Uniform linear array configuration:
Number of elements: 4
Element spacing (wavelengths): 0.75
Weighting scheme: uniform
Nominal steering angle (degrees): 15
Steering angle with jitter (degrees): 14.768
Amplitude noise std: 0.05
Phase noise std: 0.05

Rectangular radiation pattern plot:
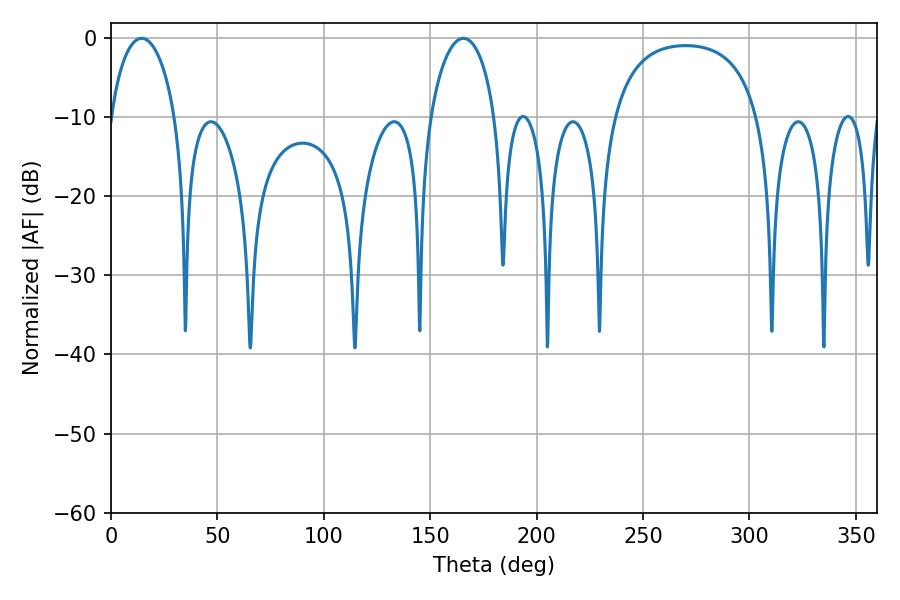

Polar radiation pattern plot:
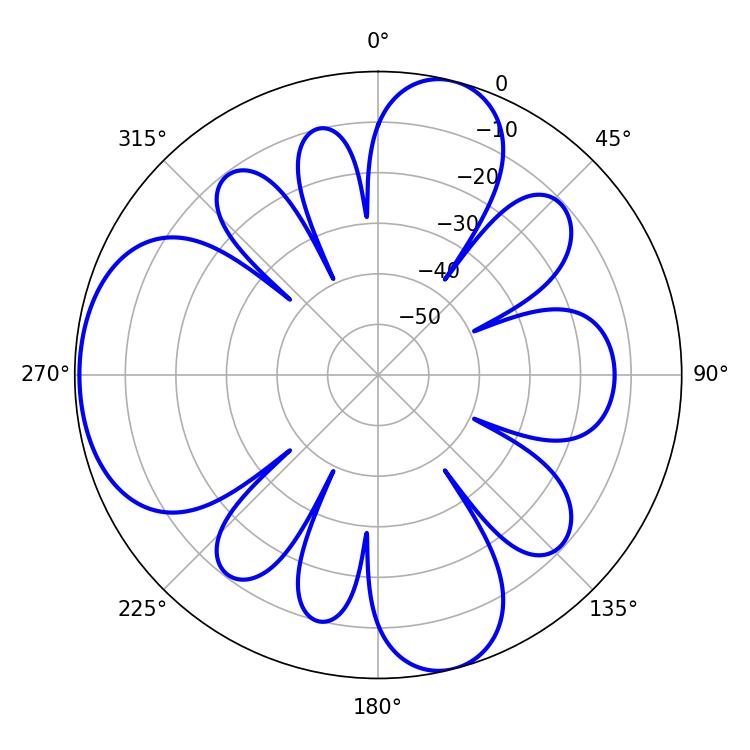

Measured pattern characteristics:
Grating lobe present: TRUE
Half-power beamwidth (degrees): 17.64
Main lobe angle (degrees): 14.4